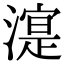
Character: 㵓